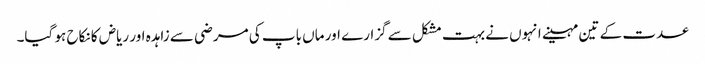
عدت کے تین مہینے انہوں نے بہت مشکل سے گزارے اور ماں باپ کی مرضی سے زاہدہ اور ریاض کا نکاح ہو گیا۔